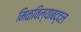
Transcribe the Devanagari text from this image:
मिळविल्याबद्दल